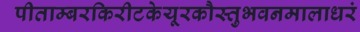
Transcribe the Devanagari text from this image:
पीताम्बरकिरीटकेयूरकौस्तुभवनमालाधरं